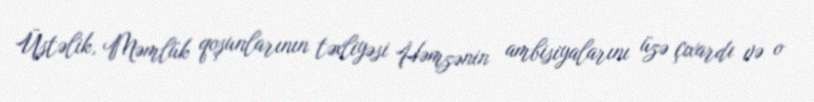
Üstəlik, Məmlük qoşunlarının təxliyəsi Həmzənin ambisiyalarını üzə çıxardı və o